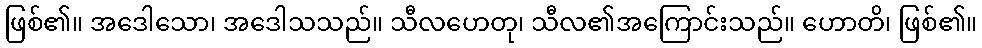
ဖြစ်၏။ အဒေါသော၊ အဒေါသသည်။ သီလဟေတု၊ သီလ၏အကြောင်းသည်။ ဟောတိ၊ ဖြစ်၏။